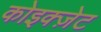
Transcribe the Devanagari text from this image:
कोइक्ज़ेट